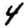
Digit: 4